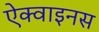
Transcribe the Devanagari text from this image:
ऐक्वाइनस